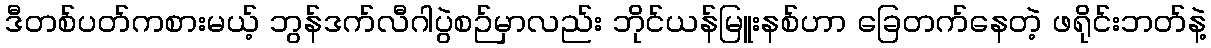
ဒီတစ်ပတ်ကစားမယ့် ဘွန်ဒက်လီဂါပွဲစဉ်မှာလည်း ဘိုင်ယန်မြူးနစ်ဟာ ခြေတက်နေတဲ့ ဖရိုင်းဘတ်နဲ့